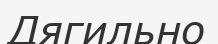
Дягильно